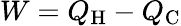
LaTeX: W=Q_{\mathrm{H}}-Q_{\mathrm{C}}